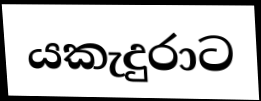
යකැදුරාට